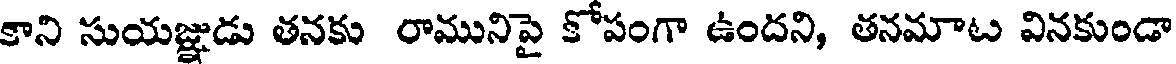
కాని సుయజ్ఞుడు తనకు రామునిపై కోపంగా ఉందని, తనమాట వినకుండా